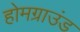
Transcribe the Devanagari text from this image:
होमग्राउंड